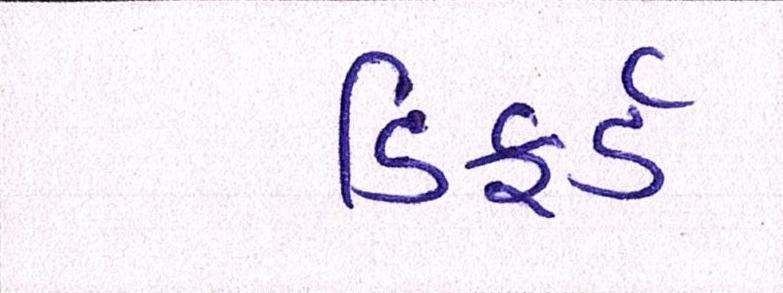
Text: ડિફર્ડ